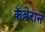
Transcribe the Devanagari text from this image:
कॅब्रेराने